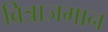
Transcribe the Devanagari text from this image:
बित्राजमान